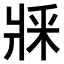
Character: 𤕽